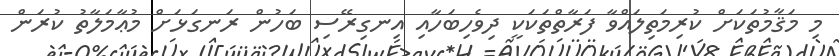
މި މަޤާމުތަކަށް ކުރިމަތިލައްވާ ފަރާތްތަކަކީ ދިވެހިބަހާއި އިނގިރޭސި ބަހުން ރަނގަޅަށް މުޢާމަލާތު ކުރަން